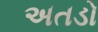
અતડો